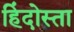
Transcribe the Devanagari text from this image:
हिंदोस्ता